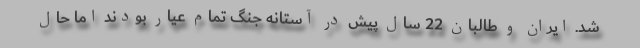
شد. ایران و طالبان 22 سال پیش در آستانه جنگ تمام عیار بودند اما حال